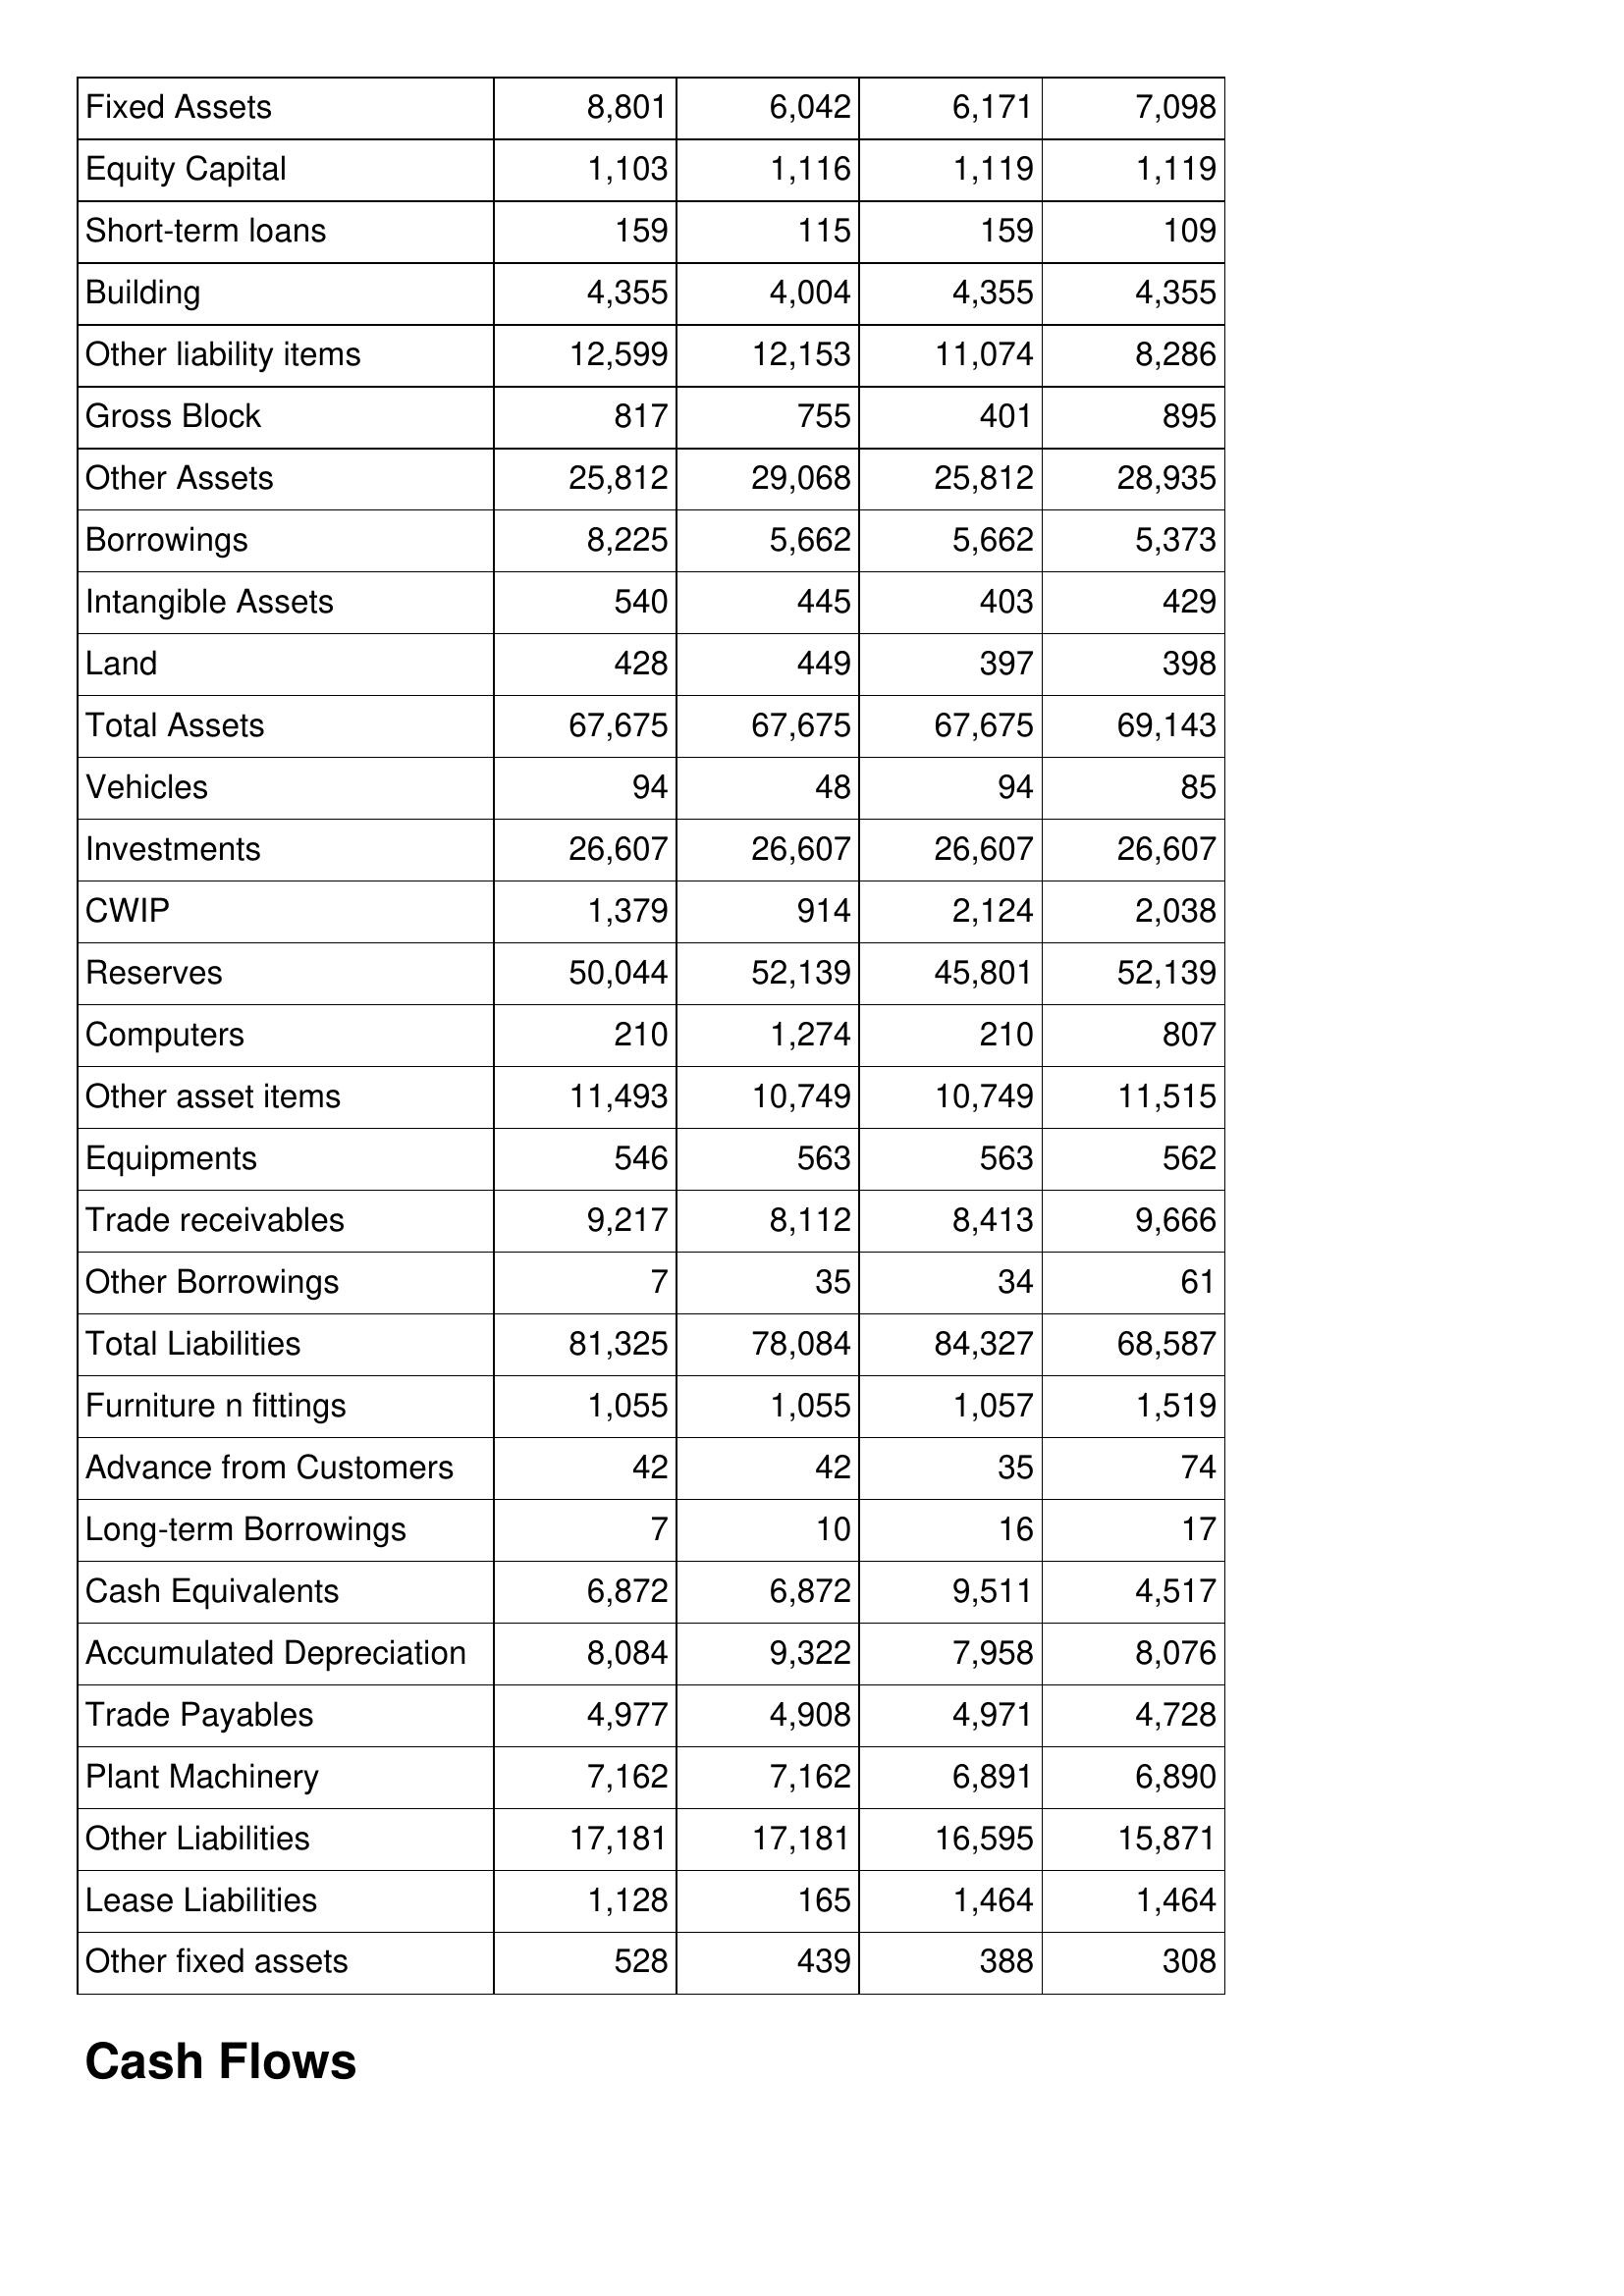
May-95: Balance Sheet: Fixed Assets: 8,801
Equity Capital: 1,103
Short-term loans: 159
Building: 4,355
Other liability items: 12,599
Gross Block: 817
Other Assets: 25,812
Borrowings: 8,225
Intangible Assets: 540
Land: 428
Total Assets: 67,675
Vehicles: 94
Investments: 26,607
CWIP: 1,379
Reserves: 50,044
Computers: 210
Other asset items: 11,493
Equipments: 546
Trade receivables: 9,217
Other Borrowings: 7
Total Liabilities: 81,325
Furniture n fittings: 1,055
Advance from Customers: 42
Long-term Borrowings: 7
Cash Equivalents: 6,872
Accumulated Depreciation: 8,084
Trade Payables: 4,977
Plant Machinery: 7,162
Other Liabilities: 17,181
Lease Liabilities: 1,128
Other fixed assets: 528
May-94: Balance Sheet: Fixed Assets: 6,042
Equity Capital: 1,116
Short-term loans: 115
Building: 4,004
Other liability items: 12,153
Gross Block: 755
Other Assets: 29,068
Borrowings: 5,662
Intangible Assets: 445
Land: 449
Total Assets: 67,675
Vehicles: 48
Investments: 26,607
CWIP: 914
Reserves: 52,139
Computers: 1,274
Other asset items: 10,749
Equipments: 563
Trade receivables: 8,112
Other Borrowings: 35
Total Liabilities: 78,084
Furniture n fittings: 1,055
Advance from Customers: 42
Long-term Borrowings: 10
Cash Equivalents: 6,872
Accumulated Depreciation: 9,322
Trade Payables: 4,908
Plant Machinery: 7,162
Other Liabilities: 17,181
Lease Liabilities: 165
Other fixed assets: 439
May-93: Balance Sheet: Fixed Assets: 6,171
Equity Capital: 1,119
Short-term loans: 159
Building: 4,355
Other liability items: 11,074
Gross Block: 401
Other Assets: 25,812
Borrowings: 5,662
Intangible Assets: 403
Land: 397
Total Assets: 67,675
Vehicles: 94
Investments: 26,607
CWIP: 2,124
Reserves: 45,801
Computers: 210
Other asset items: 10,749
Equipments: 563
Trade receivables: 8,413
Other Borrowings: 34
Total Liabilities: 84,327
Furniture n fittings: 1,057
Advance from Customers: 35
Long-term Borrowings: 16
Cash Equivalents: 9,511
Accumulated Depreciation: 7,958
Trade Payables: 4,971
Plant Machinery: 6,891
Other Liabilities: 16,595
Lease Liabilities: 1,464
Other fixed assets: 388
May-92: Balance Sheet: Fixed Assets: 7,098
Equity Capital: 1,119
Short-term loans: 109
Building: 4,355
Other liability items: 8,286
Gross Block: 895
Other Assets: 28,935
Borrowings: 5,373
Intangible Assets: 429
Land: 398
Total Assets: 69,143
Vehicles: 85
Investments: 26,607
CWIP: 2,038
Reserves: 52,139
Computers: 807
Other asset items: 11,515
Equipments: 562
Trade receivables: 9,666
Other Borrowings: 61
Total Liabilities: 68,587
Furniture n fittings: 1,519
Advance from Customers: 74
Long-term Borrowings: 17
Cash Equivalents: 4,517
Accumulated Depreciation: 8,076
Trade Payables: 4,728
Plant Machinery: 6,890
Other Liabilities: 15,871
Lease Liabilities: 1,464
Other fixed assets: 308